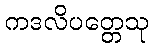
ကဒလိပတ္တေသု